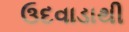
ઉદવાડાથી